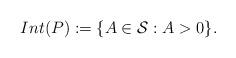
LaTeX: \begin{align*} Int(P):=\{A \in \mathcal{S}: A >0\}.\end{align*}